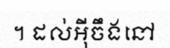
។ ដល់អ៊ីចឹងនៅ